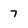
Character: 7